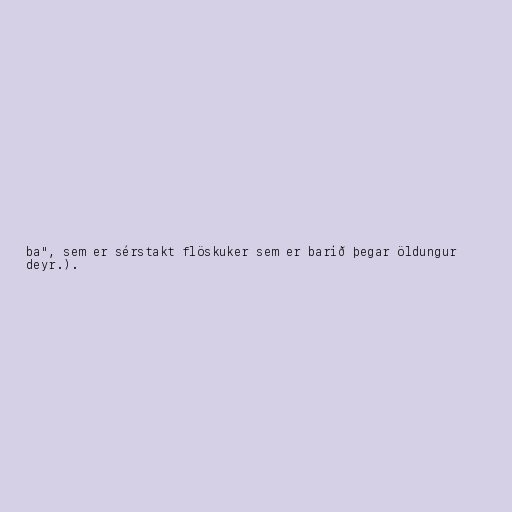
ba", sem er sérstakt flöskuker sem er barið þegar öldungur
deyr.).